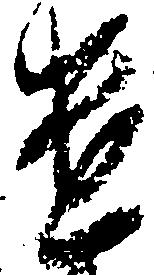
遣